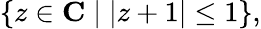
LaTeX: \{ z\in\mathbf{C}\mid|z+1|\leq 1\} ,